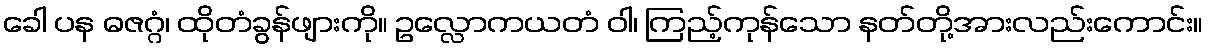
ခေါ ပန ဓဇဂ္ဂံ၊ ထိုတံခွန်ဖျားကို။ ဥလ္လောကယတံ ဝါ၊ ကြည့်ကုန်သော နတ်တို့အားလည်းကောင်း။